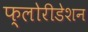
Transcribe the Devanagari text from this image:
फ्लोरीडेशन